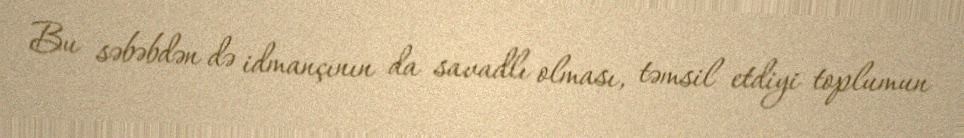
Bu səbəbdən də idmançının da savadlı olması, təmsil etdiyi toplumun